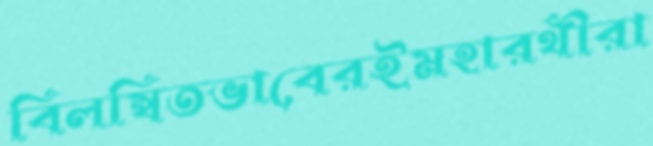
বিলম্বিতভাবেরইমহারথীরা